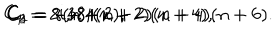
LaTeX: C _ { 1 } = 2 i , \hspace { 0 . 2 c m } C _ { 2 } = 8 ( n + 2 ) , \hspace { 0 . 2 c m } C _ { 3 } = - 4 8 i ( n + 2 ) ( n + 4 ) , \hspace { 0 . 2 c m } C _ { 4 } = - 3 8 4 ( n + 2 ) ( n + 4 ) ( n + 6 ) .